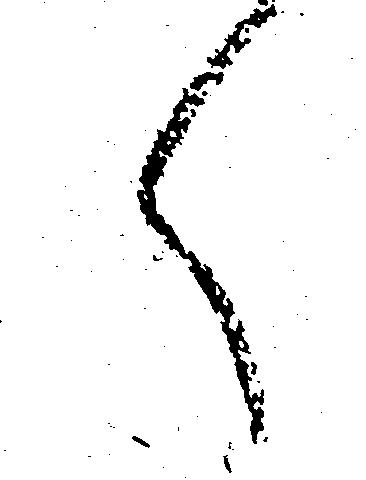
く